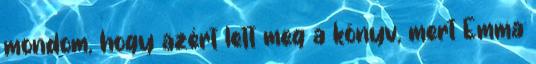
mondom, hogy azért lett meg a könyv, mert Emma